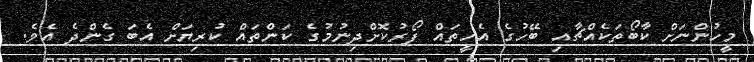
މީހުންނަށް ކާބޯތަކެއްޗާއި ބޭހުގެ އެހީތައް ފޯރުކޮށްދިނުމުގެ ކަންތައް ކުރިޔަށް އެބަ ގެންދެ އެވެ.